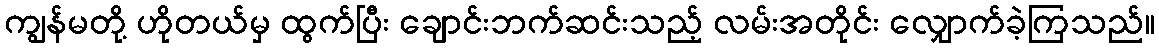
ကျွန်မတို့ ဟိုတယ်မှ ထွက်ပြီး ချောင်းဘက်ဆင်းသည့် လမ်းအတိုင်း လျှောက်ခဲ့ကြသည်။